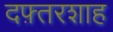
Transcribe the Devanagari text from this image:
दफ़्तरशाह